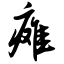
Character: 瘫